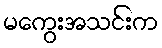
မကွေးအသင်းက